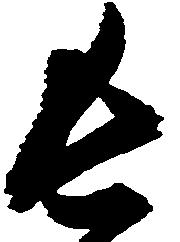
長